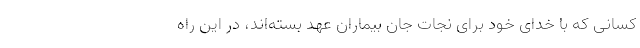
کسانی که با خدای خود برای نجات جان بیماران عهد بسته‌اند، در این راه